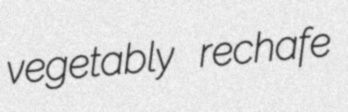
vegetably rechafe